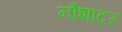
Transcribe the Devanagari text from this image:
नौशादर